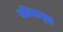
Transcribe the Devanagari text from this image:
सीमान्‍त